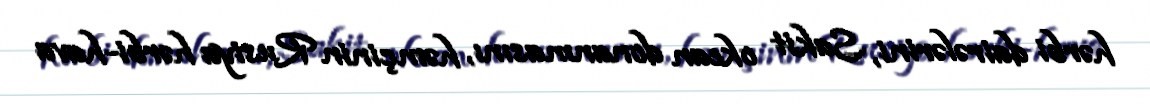
hərbi dairələrini, Sakit okean donanmasını, həmçinin Rusiya hərbi-hava